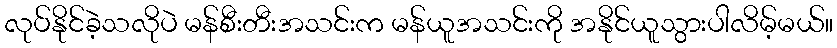
လုပ်နိုင်ခဲ့သလိုပဲ မန်စီးတီးအသင်းက မန်ယူအသင်းကို အနိုင်ယူသွားပါလိမ့်မယ်။